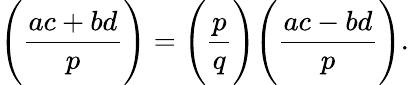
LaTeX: {\Bigg(}{\frac{ac+bd}{p}}{\Bigg)}={\Bigg(}{\frac{p}{q}}{\Bigg)}{\Bigg(}{\frac{ac-bd}{p}}{\Bigg)}.